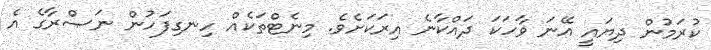
ކުރަމުން ދިޔައީ އޭނަ ވާހަކަ ދައްކާނެ އިރަކަށެވެ. މިނެޓްތަކެއް ހިނގިފަހުން ނަޞްރާގެ އެ